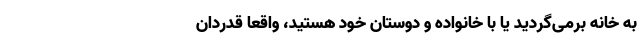
به خانه برمی‌گردید یا با خانواده و دوستان خود هستید، واقعا قدردان